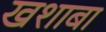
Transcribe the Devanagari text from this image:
खशाबा